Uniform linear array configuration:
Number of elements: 12
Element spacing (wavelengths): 0.5
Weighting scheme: cosine
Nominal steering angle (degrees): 60
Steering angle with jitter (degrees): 61.417
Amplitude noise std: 0.05
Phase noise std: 0.05

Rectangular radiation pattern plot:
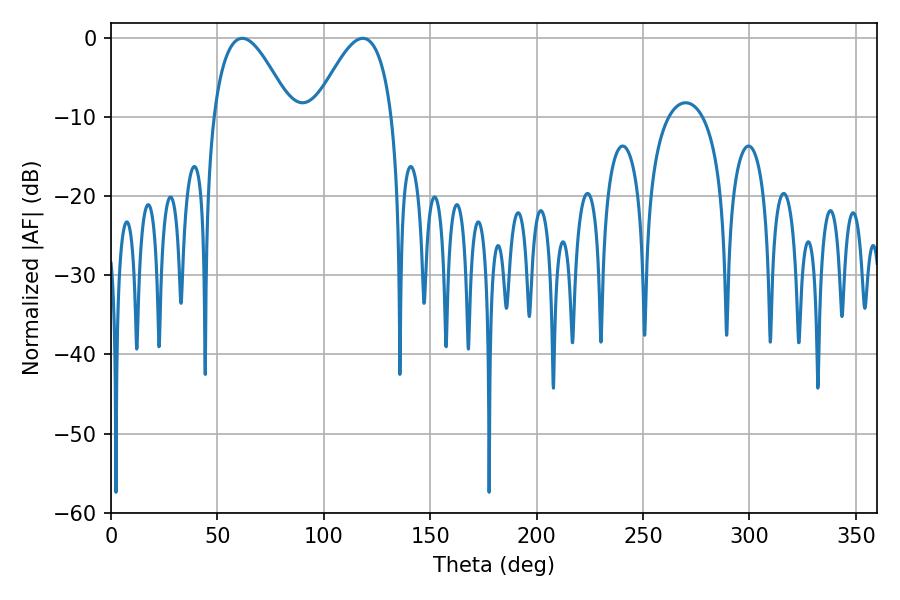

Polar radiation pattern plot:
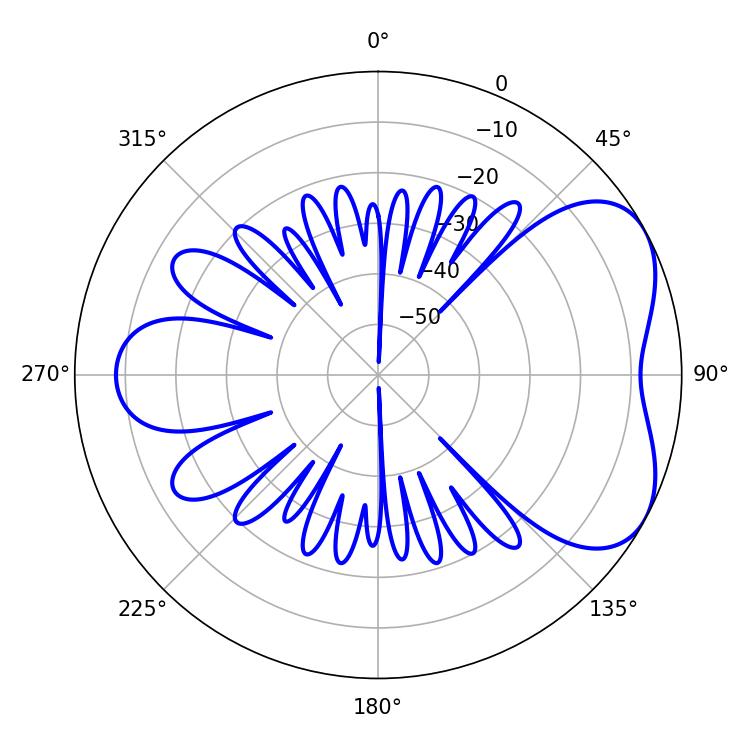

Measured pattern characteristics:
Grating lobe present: FALSE
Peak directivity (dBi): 5.06
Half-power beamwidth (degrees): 19.8
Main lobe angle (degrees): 61.74